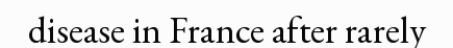
disease in France after rarely